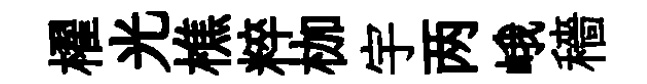
櫂光樵粹枷宇两峨穡